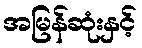
အမြန်ဆုံးနှင့်